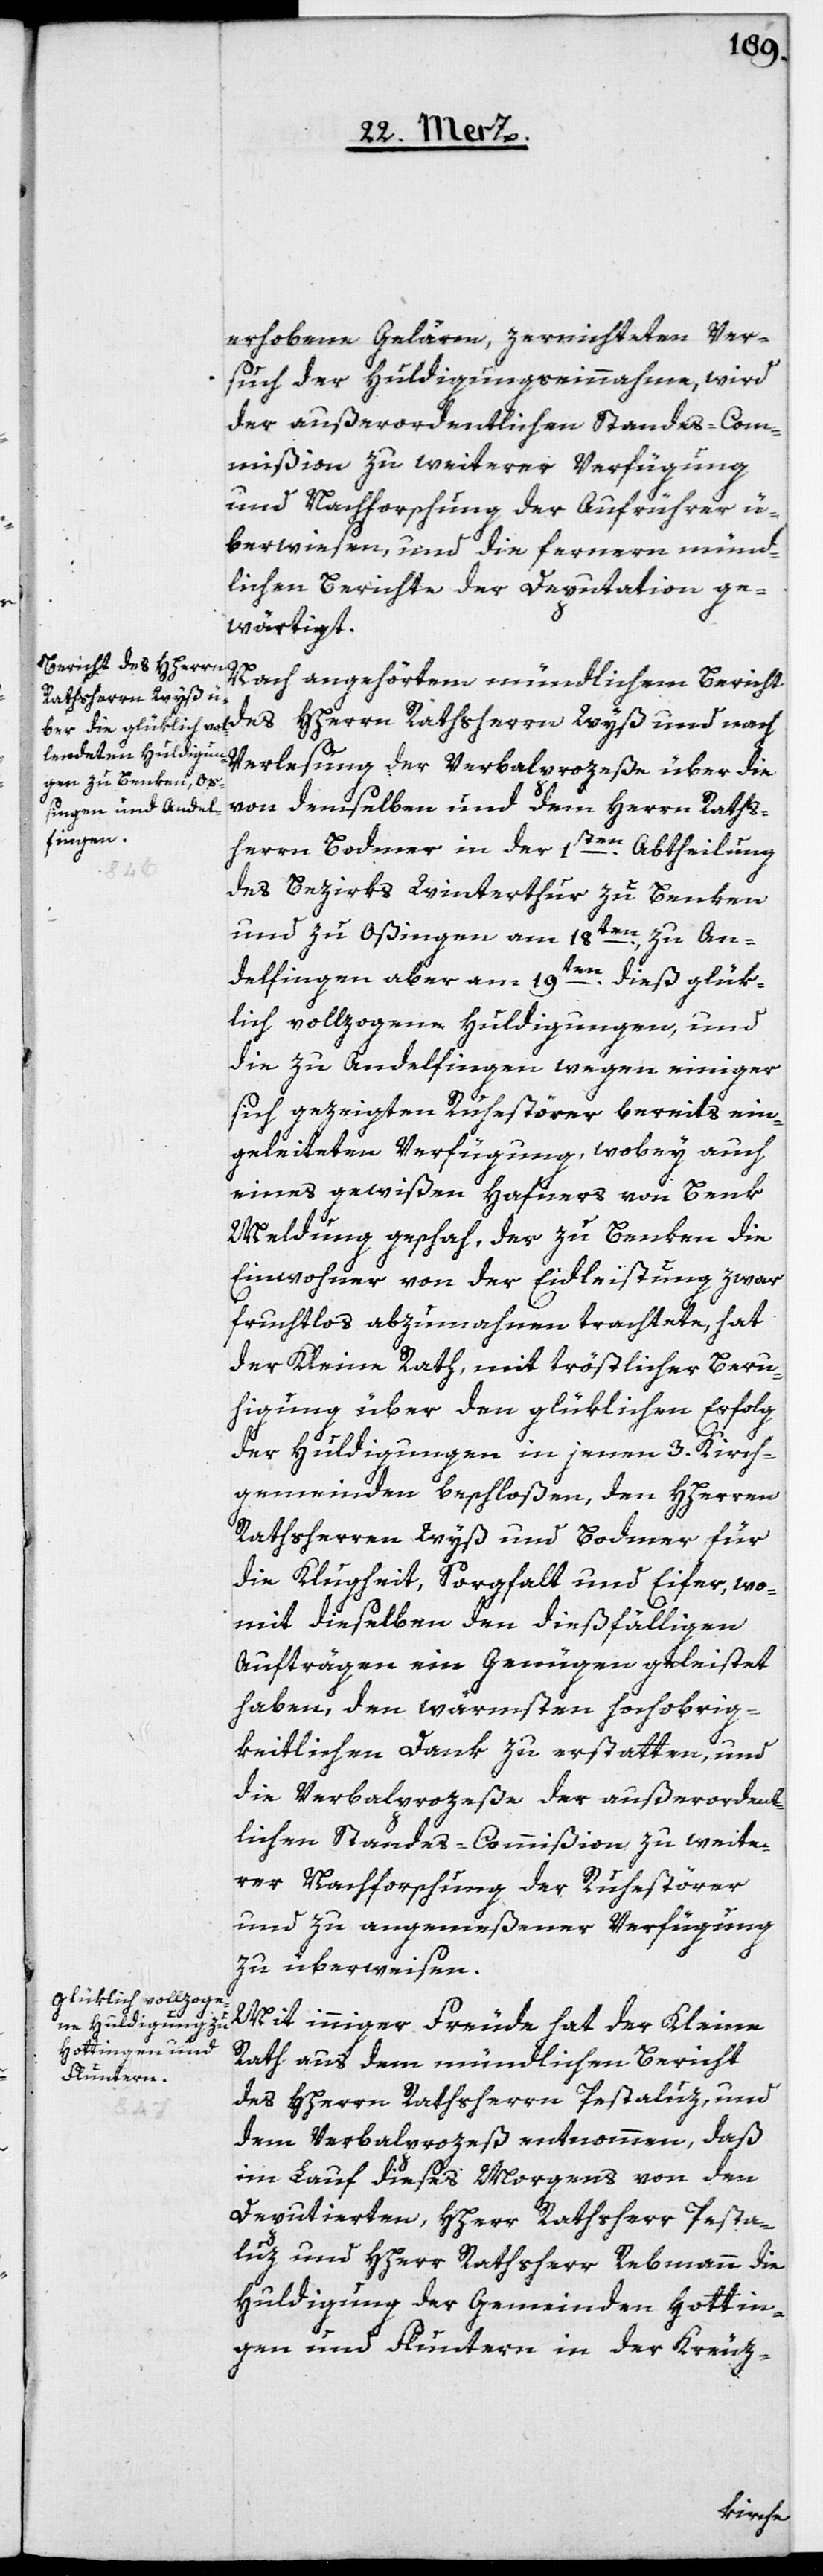
erhobene Gelärm, zernichteten Ver¬
such der Huldigungseinnahme, wird
der außerordentlichen Standes-Com¬
mißion zu weiterer Verfügung
und Nachforschung der Aufrührer ü¬
berwiesen, und die fernern münd¬
lichen Berichte der Deputation ge¬
wärtigt.
Nach angehörtem mündlichen Bericht
Rathsherrn Wyß und
Verlesung der Verbalprozeße über die
von demselben und dem Herrn Raths¬
herrn Bodmer in der 1sten Abtheilung
des Bezirks Winterthur zu Benken
und zu Oßingen am 18ten, zu An¬
delfingen aber am 19ten dieß glük¬
lich vollzogene Huldigungen, und
die zu Andelfingen wegen einiger
sich gezeigten Ruhestörer bereits ein¬
geleiteten Verfügung, wobey auch
eines gewißen Hafners von Benk[en]
Meldung geschah, der zu Benken die
Einwohner von der Eidleistung zwar
fruchtlos abzumahnen trachtete, hat
der Kleine Rath, mit tröstlicher Beru¬
higung über den glüklichen Erfolg
der Huldigungen in jenen 3. Kirch¬
gemeinden beschloßen, den HHerren
Rathsherren Wyß und Bodmer für
die Klugheit, Sorgfalt und Eifer, wo¬
mit dieselben den dießfälligen
Aufträgen ein Genügen geleistet
haben, den wärmsten hochobrig¬
keitlichen Dank zu erstatten, und
die Verbalprozeße der außerordent¬
lichen Standes-Commißion zu weite¬
rer Nachforschung, der Ruhestörer
und zu angemeßener Verfügung
zu überweisen.
Mit inniger Freude hat der Kleine
Rath aus dem mündlichen Bericht
des HHerrn Rathsherrn Pestaluz, und
dem Verbalprozeß entnommen, daß
im Lauf dieses Morgens von den
Deputierten, HHerrn Rathsherr Pesta¬
luz und HHerr Rathsherr Rebmann die
Huldigung der Gemeinden Hottin¬
gen und Fluntern in der Kreuz-